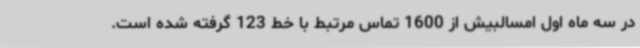
در سه ماه اول امسالبیش از 1600 تماس مرتبط با خط 123 گرفته شده است.